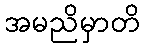
အမညိမှာတိ